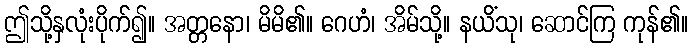
ဤသို့နှလုံးပိုက်၍။ အတ္တနော၊ မိမိ၏။ ဂေဟံ၊ အိမ်သို့။ နယိံသု၊ ဆောင်ကြ ကုန်၏။